Scottish Leaving Certificate Examination, 1959
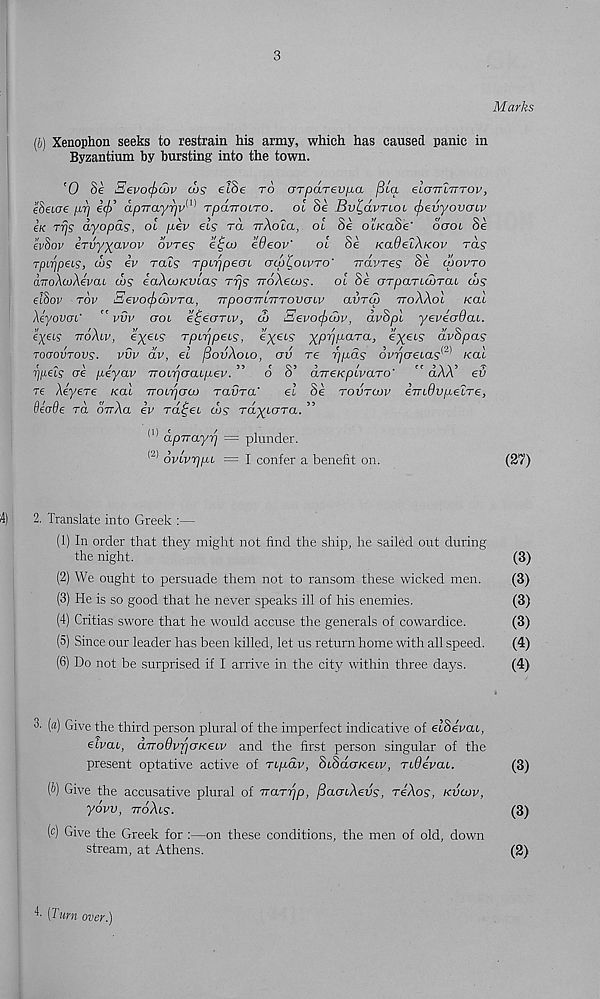
3
Marks
(b) Xenophon seeks to restrain his army, which has caused panic in
Byzantium by bursting into the town.
'0 Se 3evo(f>u)v d>s elSe to urpaTev^a [3ta eIgttZtttov }
eSeicre /I'i) icj)’ apvayrjv 1 -^ TpaTTOiro. ol 8e Bvt,dvnoL cf>evyovoiv
Ik Trjs dyopds, ol pev els rd TrXola, ol Se oZ/eaSe' oool Se
ev8ov irvyyavov ovres e£aj edeov'
ol 8e KaOelXieov rds
Tpir/peLS, cos ev tclls rpLrjpeaL (juj^olvto' ttcIvtss Se lqovto
diroXwXevaL dbs iaXcoKVLas Trjs rroXecos. ol Se OTparLwraL cos
el^OV TOP EeVO(f)U)PTa, TrpOOTTLlTTOVGLV aVTU) TToXXoL KCLL
XeyovuL' ” pvp ctol etpeoTLV, do Eevotjocuv, dvSpl yevecrdaL.
eyeLS ttoXlp, eyeLS TpLrjpeLS, e^etj yprjpaTa, eyecs dvSpas
toltovtovs. pvp dp, el fdovXoLO, av re r/pas dvpoeLas^ kcll
rjpeis ae peyap ttoltjgCLLpep. ” o S’ dveKpcparo' ” dXX’ ev
re Xeyere kcll TroLrjGCo ravra'
el Se tovtcop irrLdvpeLTe,
Secrde rd dirXa ep rd^eL cos rdyLOTa. ”
(1) dpirayri = plunder.
( " ) opLprjpL = I confer a benefit on.
(27)
14)
2. Translate into Greek :—
(1) In order that they might not find the ship, he sailed out during
the night.
(3)
(2) We ought to persuade them not to ransom these wicked men.
(3)
(3) He is so good that he never speaks ill of his enemies.
(3)
(4) Critias swore that he would accuse the generals of cowardice.
(3)
(5) Since our leader has been killed, let us return home with all speed.
(4)
(6) Do not be surprised if I arrive in the city within three days.
(4)
3- [a] Give the third person plural of the imperfect indicative of elSepaL,
eipciL, aTTodprjGKeLP and the first person singular of the
present optative active of TLpdp, ScSdoKeLp, rcdepaL.
(3)
(b) Give the accusative plural of rraTrjp, fiaaLXevs, reXos, kvoop,
ydpv, ttoXls.
(3)
(c) Give the Greek for :—on these conditions, the men of old, down
stream, at Athens.
(2)
4- (Turn over.)